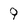
Character: 9